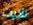
تأذيت